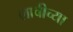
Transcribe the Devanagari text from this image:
लावीच्या